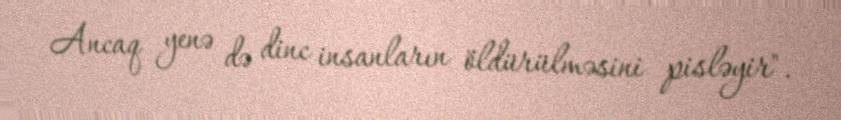
Ancaq yenə də dinc insanların öldürülməsini pisləyir".